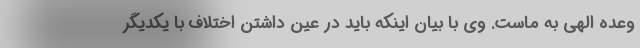
وعده الهی به ماست. وی با بیان اینکه باید در عین داشتن اختلاف با یکدیگر